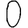
Digit: 0